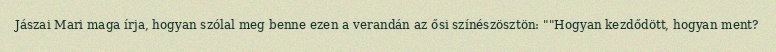
Jászai Mari maga írja, hogyan szólal meg benne ezen a verandán az ősi színészösztön: ""Hogyan kezdődött, hogyan ment?